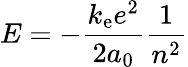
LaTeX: E=-{\frac{k_{\mathrm{e}}e^{2}}{2a_{0}}}{\frac{1}{n^{2}}}